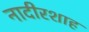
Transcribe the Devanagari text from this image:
नादीरशाह